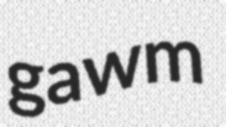
gawm